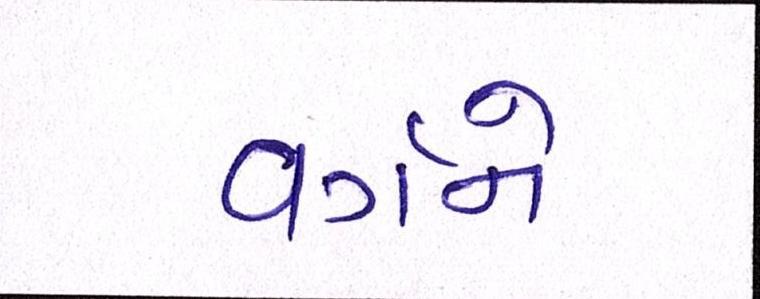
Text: વર્ગને